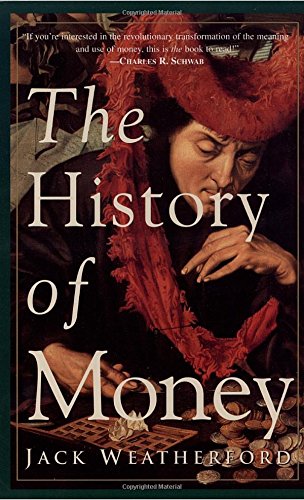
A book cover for The History of Money; Jack Weatherford; Business & Money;